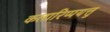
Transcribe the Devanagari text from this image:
कलारिप्पयत्तु